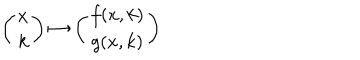
\left( \begin{array} { c } { { x } } \\ { { k } } \\ \end{array} \right) \mapsto \left( \begin{array} { c } { { f ( x , k ) } } \\ { { g ( x , k ) } } \\ \end{array} \right)